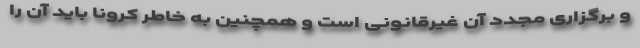
و برگزاری مجدد آن غیرقانونی است و همچنین به خاطر کرونا باید آن را